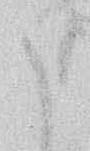
ま